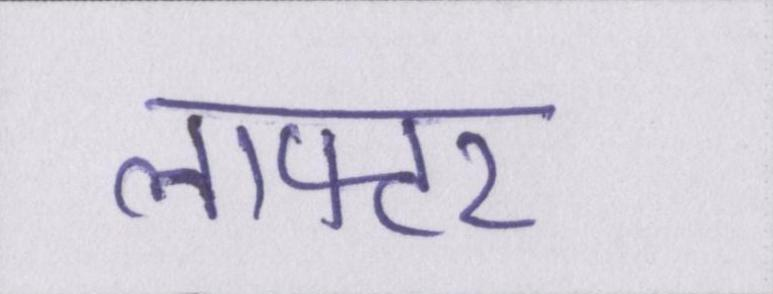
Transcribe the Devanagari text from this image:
लाफ्टर